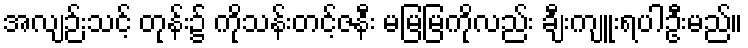
အလျဉ်းသင့် တုန်း၌ ကိုသန်းတင့်ဇနီး မမြမြကိုလည်း ချီးကျူးရပါဦးမည်။